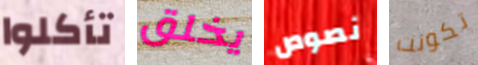
تأكلوا يخلق نصوص تكونت